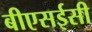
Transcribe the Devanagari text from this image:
बीएसईसी